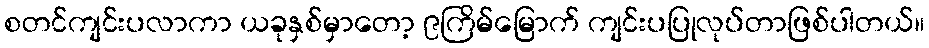
စတင်ကျင်းပလာကာ ယခုနှစ်မှာတော့ ၉ကြိမ်မြောက် ကျင်းပပြုလုပ်တာဖြစ်ပါတယ်။